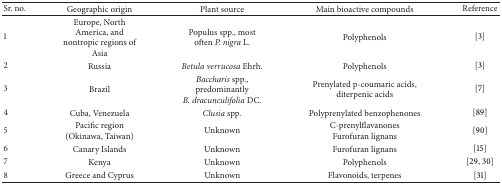
| Sr. no. | Geographic origin | Plant source | Main bioactive compounds | Reference |
 | --- | --- | --- | --- | --- |
 | 1 | Europe, North America, and nontropic regions of Asia | Populus spp., most often P. nigra L. | Polyphenols | [3] |
 | 2 | Russia | Betula verrucosa Ehrh. | Polyphenols | [3] |
 | 3 | Brazil | Baccharis spp., predominantlyB. dracunculifolia DC. | Prenylated p-coumaric acids, diterpenic acids | [7] |
 | 4 | Cuba, Venezuela | Clusia spp. | Polyprenylated benzophenones | [89] |
 | 5 | Pacific region (Okinawa, Taiwan) | Unknown | C-prenylflavanones Furofuran lignans | [90] |
 | 6 | Canary Islands | Unknown | Furofuran lignans | [15] |
 | 7 | Kenya | Unknown | Polyphenols | [29, 30] |
 | 8 | Greece and Cyprus | Unknown | Flavonoids, terpenes | [31] |